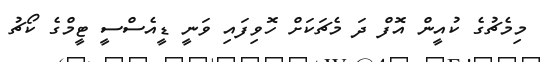
މިމެޗުގެ ކުއީން އޮފް ދަ މެޗަކަށް ހޮވިފައި ވަނީ ޑީއެސްސީ ޓީމްގެ ކޯޗު